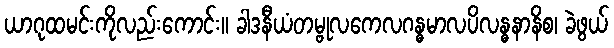
ယာဂုထမင်းကိုလည်းကောင်း။ ခါဒနီယံတမ္ဗုလကေလဂန္ဓမာလပိလန္ဓနာနိစ၊ ခဲဖွယ်